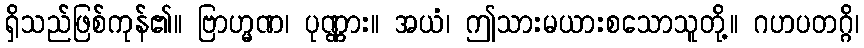
ရှိသည်ဖြစ်ကုန်၏။ ဗြာဟ္မဏ၊ ပုဏ္ဏား။ အယံ၊ ဤသားမယားစသောသူတို့။ ဂဟပတဂ္ဂိ၊